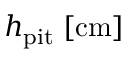
h _ { \mathrm { p i t } } \; [ \mathrm { c m } ]